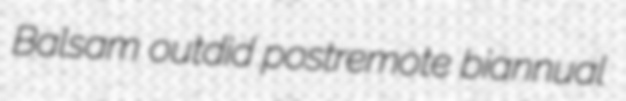
Balsam outdid postremote biannual